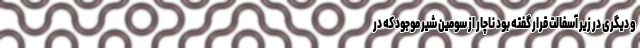
و دیگری در زیر آسفالت قرار گفته بود ناچار از سومین شیر موجود که در